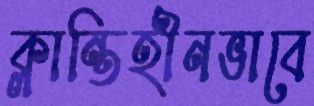
ক্লান্তিহীনভাবে